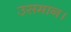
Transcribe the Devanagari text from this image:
उसमान।